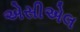
એસીએલ